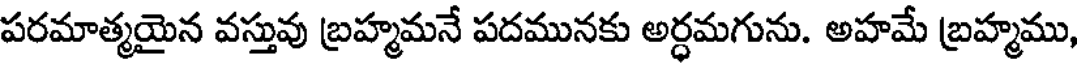
పరమాత్మయైన వస్తువు బ్రహ్మమనే పదమునకు అర్ధమగును. అహమే బ్రహ్మము,